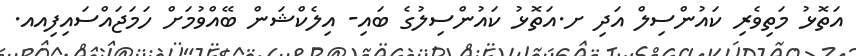
އަތޮޅު މަތިވެރި ކައުންސިލް އަދި ށ.އަތޮޅު ކައުންސިލުގެ ބައި- އިލެކްޝަން ބޭއްވުމަށް ހަމަޖައްސައިފިއއ.